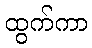
ထွက်ကာ